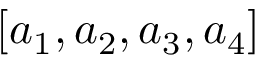
[ a _ { 1 } , a _ { 2 } , a _ { 3 } , a _ { 4 } ]